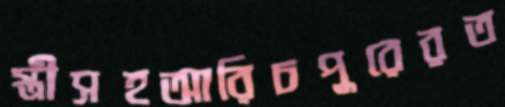
স্ত্রীসহআরিচপুরেরত